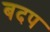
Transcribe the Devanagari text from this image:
बदप